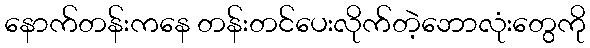
နောက်တန်းကနေ တန်းတင်ပေးလိုက်တဲ့ဘောလုံးတွေကို